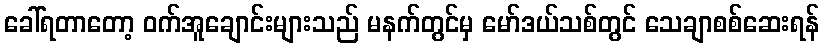
ခေါ်ရတာတော့ ဝက်အူချောင်းများသည် မနက်တွင်မှ မော်ဒယ်သစ်တွင် သေချာစစ်ဆေးရန်